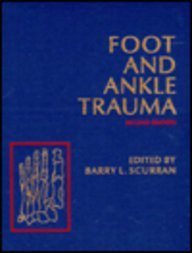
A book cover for Foot and Ankle Trauma, 2e; Medical Books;